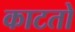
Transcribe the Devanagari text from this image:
काटतो